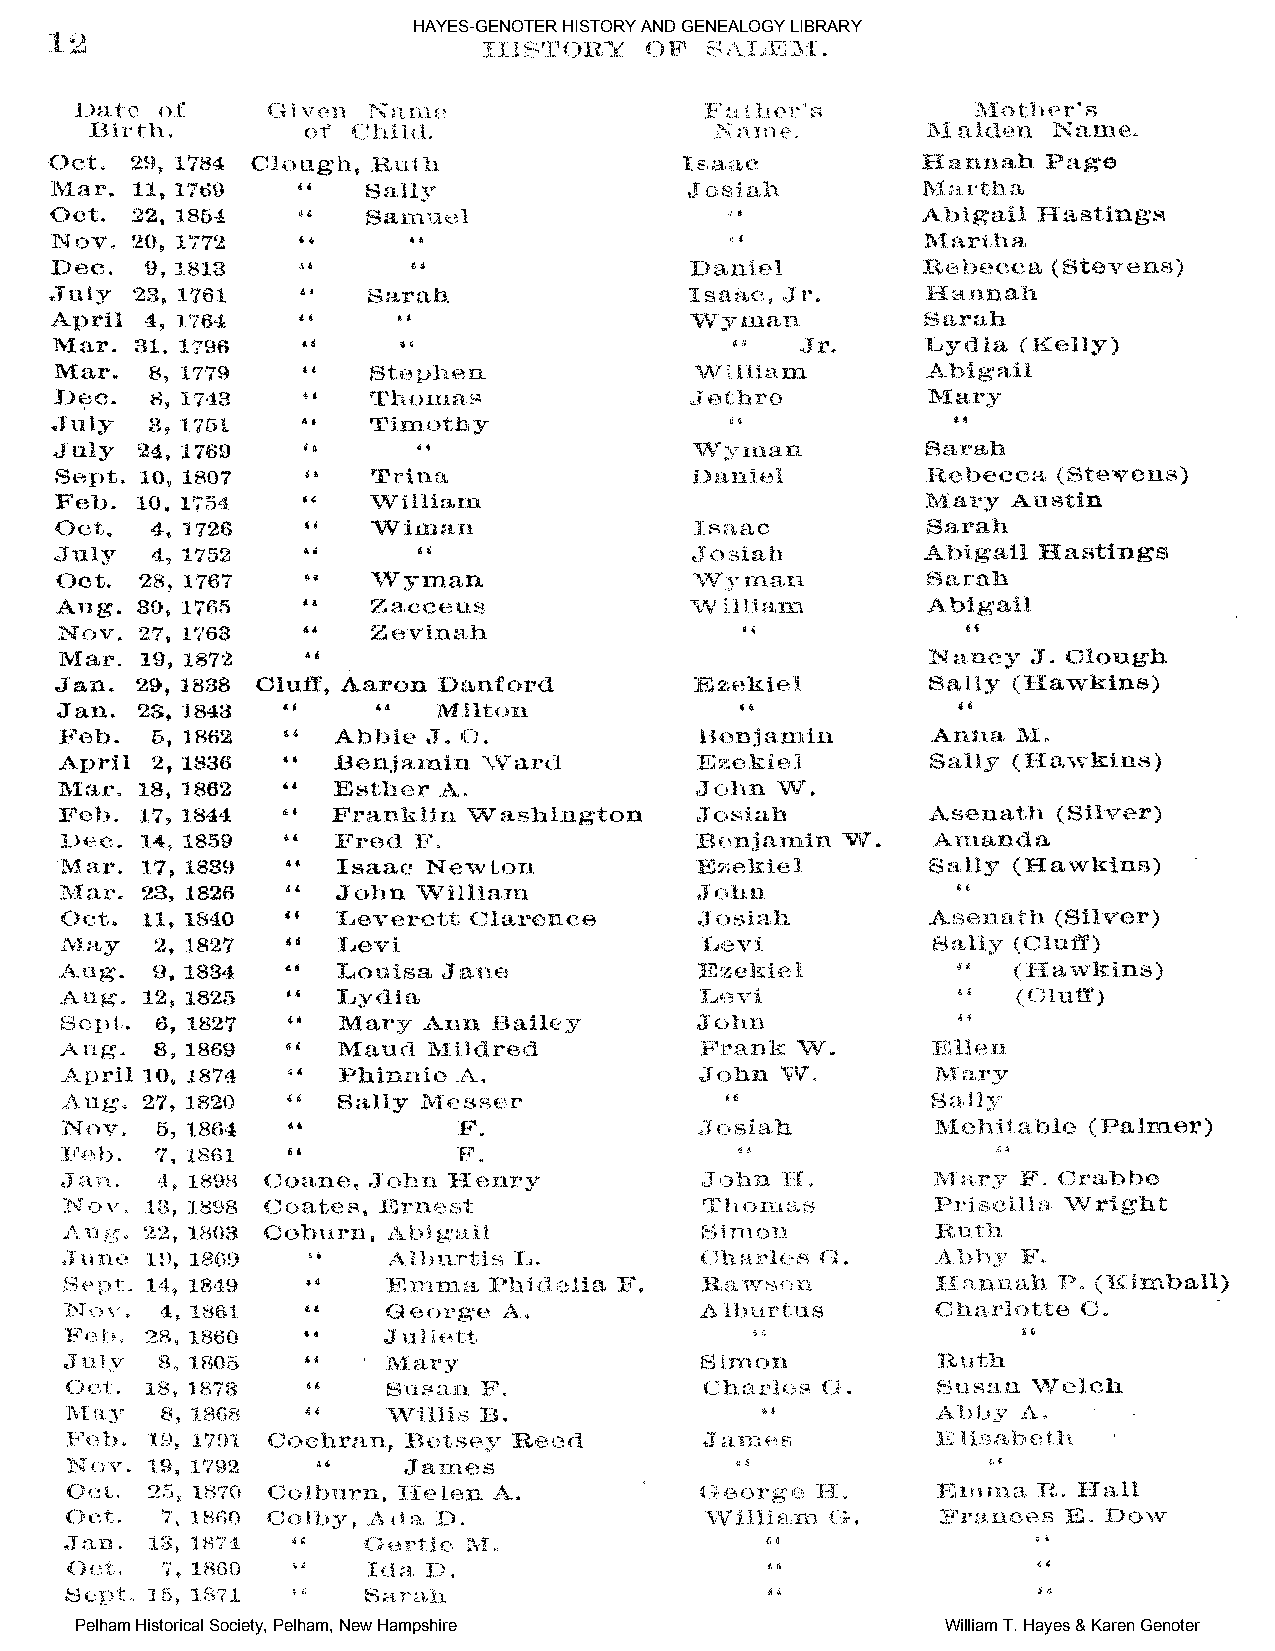
HAYES-GENOTER HISTORY AND GENEALOGY LIBRARY
 Pelham Historical Society, Pelham, New Hampshire          William T. Hayes & Karen Genoter